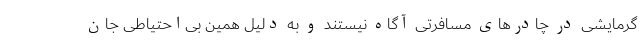
گرمایشی در چادرهای مسافرتی آگاه نیستند و به دلیل همین بی‌احتیاطی جان